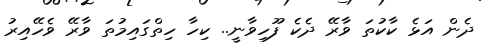
ދެން އަޅެ ކާކުތަ ވާރޭ ދެކެ ފޫހިވާނީ.. ކިހާ ހިތްގައިމުތަ ވާރޭ ވެހޭއިރު